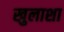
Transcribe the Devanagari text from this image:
खुलाशा